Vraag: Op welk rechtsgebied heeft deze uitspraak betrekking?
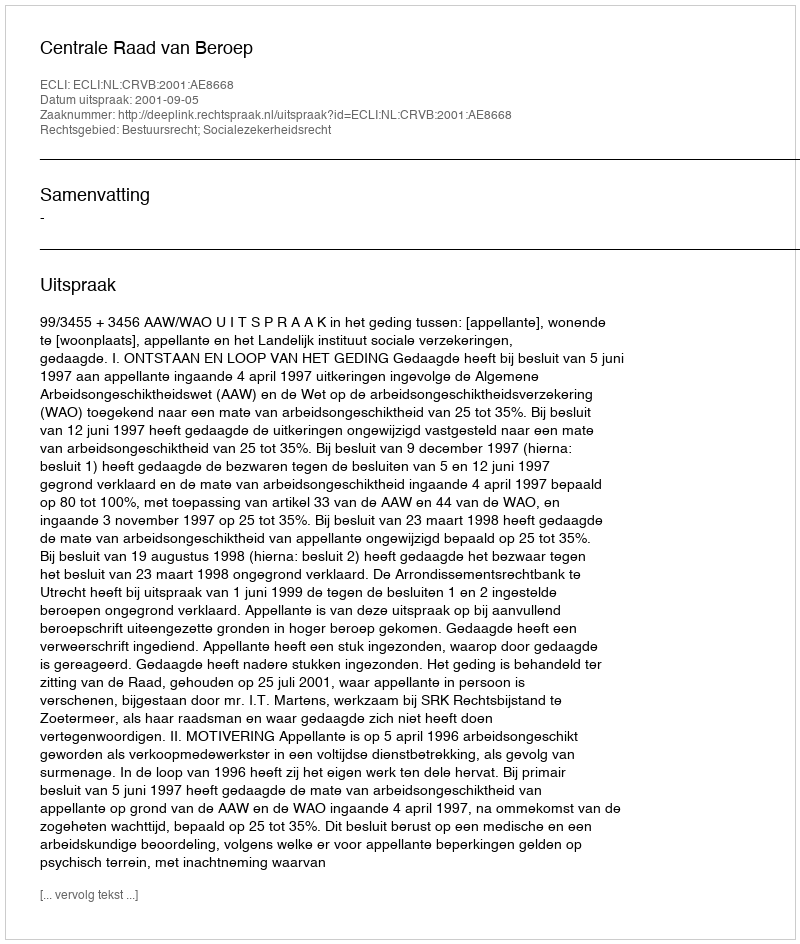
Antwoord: Bestuursrecht; Socialezekerheidsrecht